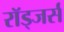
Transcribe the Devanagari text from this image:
रॉड्जर्स